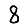
Digit: 8